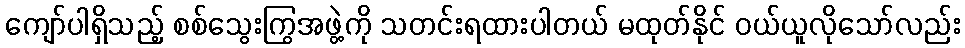
ကျော်ပါရှိသည့် စစ်သွေးကြွအဖွဲ့ကို သတင်းရထားပါတယ် မထုတ်နိုင် ဝယ်ယူလိုသော်လည်း